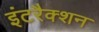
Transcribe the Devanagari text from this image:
इंटरैक्शन